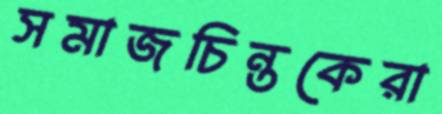
সমাজচিন্তকেরা